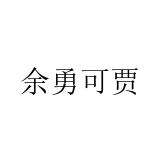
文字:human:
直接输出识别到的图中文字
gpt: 余勇可贾